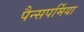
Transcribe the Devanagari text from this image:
पैन्सपर्मिया